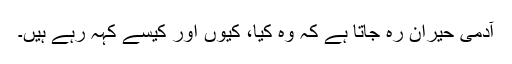
آدمی حیران رہ جاتا ہے کہ وہ کیا، کیوں اور کیسے کہہ رہے ہیں۔